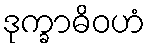
ဒုက္ခာဓိဝဟံ